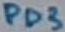
Text: PD3